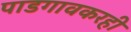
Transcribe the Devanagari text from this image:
पाडगावकरही